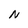
Character: N